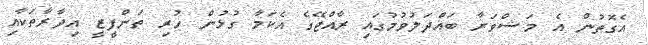
އެގޮތުން އެ މަޝްވަރާ ބައްދަލުވުމުގައި ރާއްޖޭގެ އެކަމާ ގުޅުން ހުރި ތަންފީޒީ އިދާރާތަކާއި